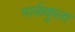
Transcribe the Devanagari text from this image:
मार्ककुला